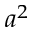
a ^ { 2 }